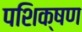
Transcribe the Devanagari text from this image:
पशिक्षण